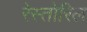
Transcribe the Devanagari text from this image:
रेस्तोरिल